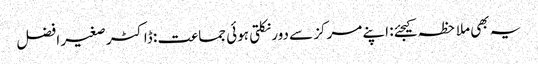
یہ بھی ملاحظہ کیجئے: اپنے مرکز سے دور نکلتی ہوئی جماعت : ڈاکٹر صغیر افضل